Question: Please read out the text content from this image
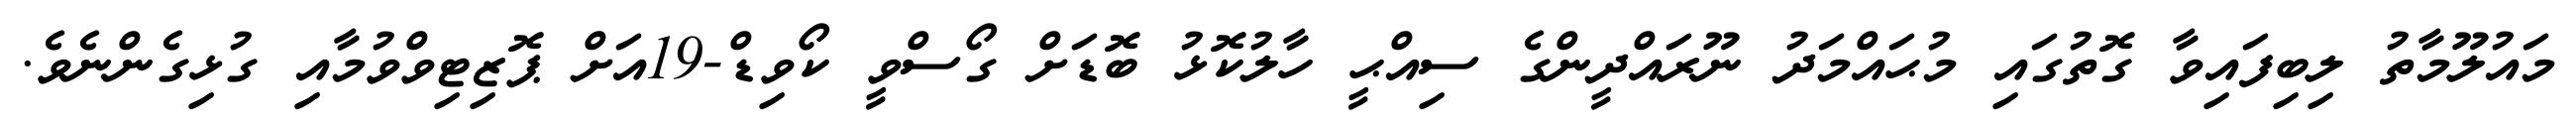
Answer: މައުލޫމާތު ލިބިފައިވާ ގޮތުގައި މުޙައްމަދު ނޫރައްދީންގެ ސިއްޙީ ހާލުކޮޅު ބޮޑަށް ގޯސްވީ ކޯވިޑް-19އަށް ޕޮޒިޓިވްވުމާއި ގުޅިގެންނެވެ.